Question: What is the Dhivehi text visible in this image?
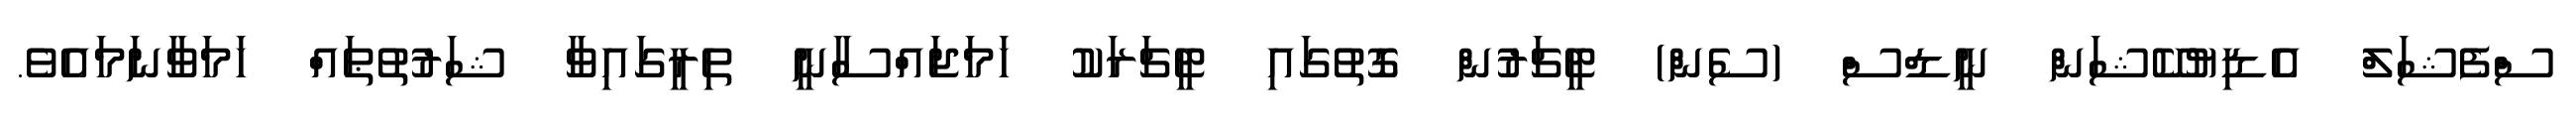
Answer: ސްފެޝަލް އެޑިޔުކޭޝަން ނީޑްސް (ސެން) ޓީޗަރުން ގޮތުގައި ޓީޗަރަކު ހަމަޖައްސާނީ ތިރީގައިވާ ޝަރުތުޠައް ހަމަވާނަމައެވެ.